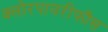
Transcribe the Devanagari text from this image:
क्लोरपायरीफौस